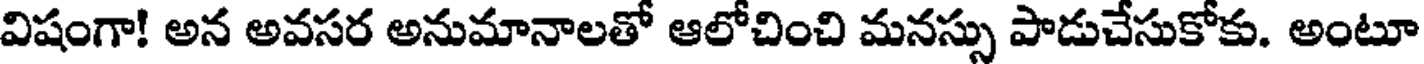
విషంగా! అన అవసర అనుమానాలతో ఆలోచించి మనస్సు పాడుచేసుకోకు. అంటూ